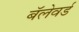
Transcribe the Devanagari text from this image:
बॅलेवर्ड